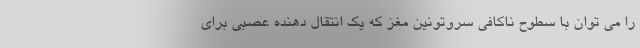
را می توان با سطوح ناکافی سروتونین مغز که یک انتقال دهنده عصبی برای